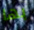
بها